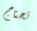
تحتاج